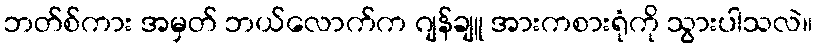
ဘတ်စ်ကား အမှတ် ဘယ်လောက်က ဂျန်ချူ အားကစားရုံကို သွားပါသလဲ။